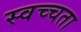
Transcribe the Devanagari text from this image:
स्वच्चता